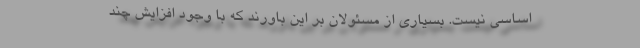
اساسی نیست. بسیاری از مسئولان بر این باورند که با وجود افزایش چند